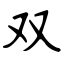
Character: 双